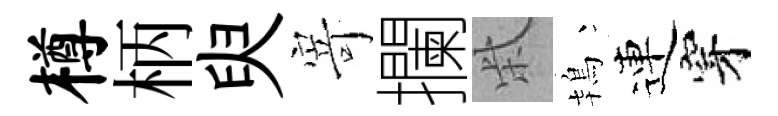
樽柄臾𭔃攔柴鴇連穿